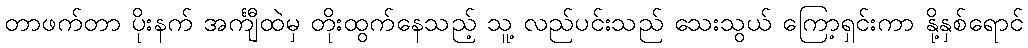
တာဖက်တာ ပိုးနက် အင်္ကျီထဲမှ တိုးထွက်နေသည့် သူ့ လည်ပင်းသည် သေးသွယ် ကြော့ရှင်းကာ နို့နှစ်ရောင်